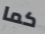
كما